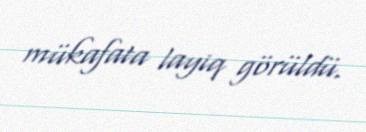
mükafata layiq görüldü.